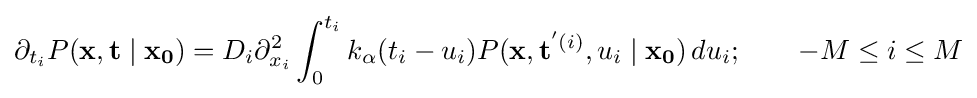
\partial _{t_{i}}P(\mathbf {x} ,\mathbf {t} \mid \mathbf {x_{0}} )=D_{i}\partial _{x_{i}}^{2}\int _{0}^{t_{i}}k_{\alpha }(t_{i}-u_{i})P(\mathbf {x} ,\mathbf {t} ^{'(i)},u_{i}\mid \mathbf {x_{0}} )\,du_{i};\qquad -M\leq i\leq M